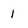
Character: 1